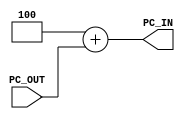
module PC_ADDER(

input [31:0] PC_OUT,
output [31:0] PC_IN
);


 assign PC_IN=32'd4 + PC_OUT;
    


endmodule